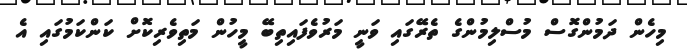
މިހެން ދަމުންގޮސް މުސްލިމުންގެ ތެރޭގައި ވަނީ މަރުވެފައިތިބޭ މީހުން މަތިވެރިކޮށް ކަންކަމުގައި އެ